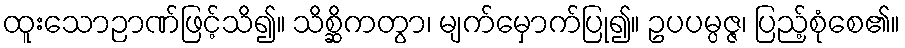
ထူးသောဉာဏ်ဖြင့်သိ၍။ သိစ္ဆိကတွာ၊ မျက်မှောက်ပြု၍။ ဥပပမ္ပဇ္ဇ၊ ပြည့်စုံစေ၏။